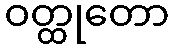
ဝတ္ထုတော